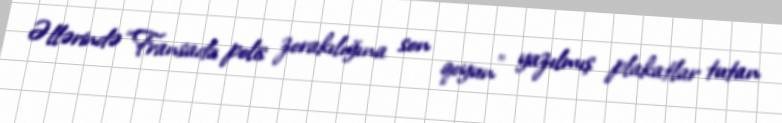
Əllərində “Fransada polis zorakılığına son qoyun” yazılmış plakatlar tutan